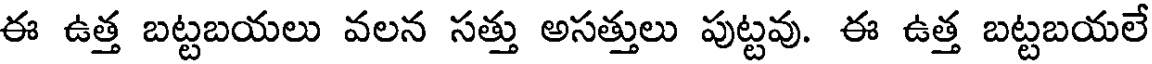
ఈ ఉత్త బట్టబయలు వలన సత్తు అసత్తులు పుట్టవు. ఈ ఉత్త బట్టబయలే